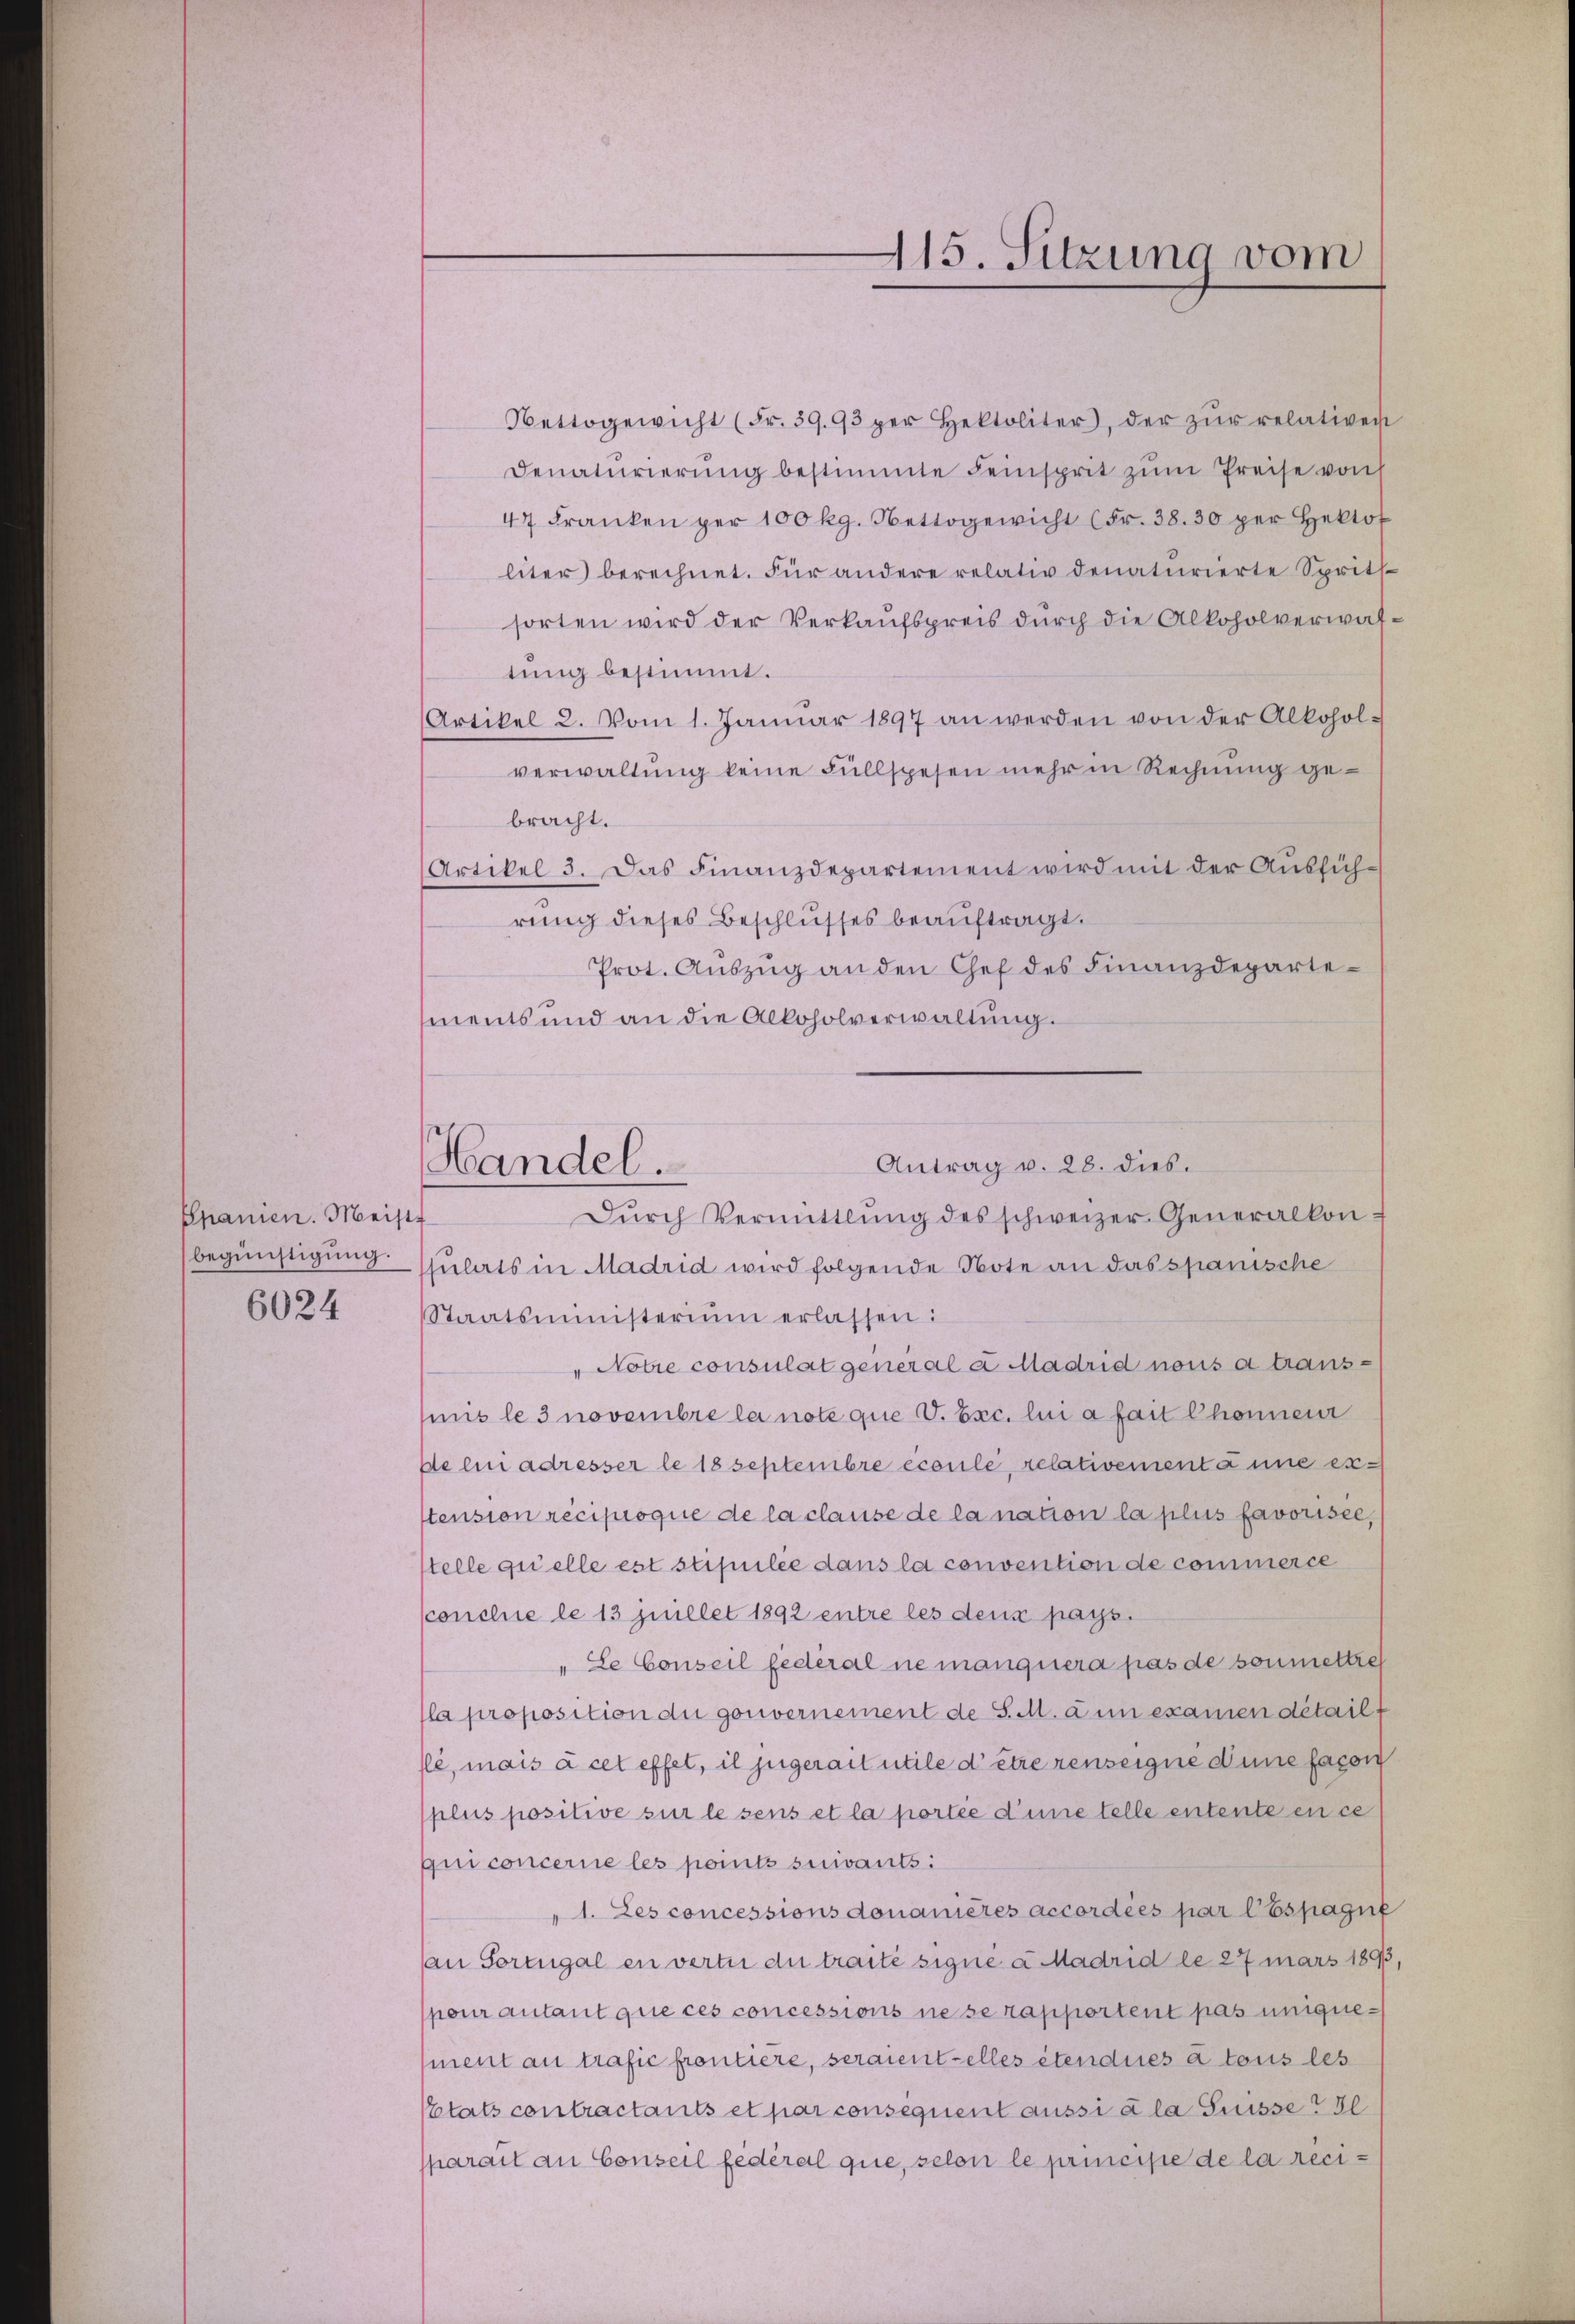
Spanien. Meist
begünstigung.
6024

Handel.

115. Sitzung vom

Nettogewicht (Fr. 39.93 per Hektoliter, der zŭr relativen
Denaturierŭng bestimmte Feinsprit zŭm Preise von
47 Frankenper 100 kg. Nettogewicht (Fr. 38. 30 per Hekto
liter berechnet. Für andere relativ denaturierte Spritt
sorten wird der Verkaufspreis durch die Alkoholverwaltung bestimmt.
Artikel 2. Vom 1. Januar 1897 an werden von der Alkoholverwaltung keine Füllspesen mehr in Rechnung gebracht.
Artikel 3. Das Finanzdepartement wird mit der Aŭsfüh-
rung dieses Beschlusses beauftragt.
Prot. Aŭszŭg an den Chef des Finanzdepartements und an die Alkoholverwaltung.
Antrag v. 28. dies.
Dŭrch Vermittlung des schweizer Generalkonssulats in Madrid wird folgende Note an das spanische
Staatsministerium erlassen:
"Notre consulat general a Madrid nous a transmis le 3 novembre la note que V. Exc. lui a fait Chonneur
de lui adresser le 18 Septembre écoulé, relativement à une exstension reciproque de la clause de la nation la plus favorisee
Stelle quelle est stipulée dans la convention de commerce
conclue le 13 juillet 1892 entre les deux pays.
„Le Conseil federal ne manquera pas de soumettre
la proposition du gouvernement de S. M. a un examen détailf
sle, mais à cet effet, il jugerait utile d’être renseigne dene facon
plus positive sur lesens et la portée d’une telle entente en ce
qui concerne les points suivants:
1. Les concessions donanières accordées par l’Espagne
an Tornigal en vertie du traite signé a Madrid le 27 mars 1893,
pour autant que ces concessions ne se rapportent pas uniquesment au trafic frontiere, seraientelles étendues à tous les
Ptats contractants et par consequent aussi à la Suisse de
parait an Conseil fédéral que, selon le principe de la reci¬